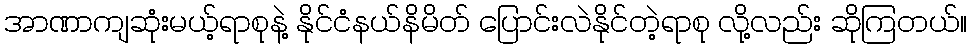
အာဏာကျဆုံးမယ့်ရာစုနဲ့ နိုင်ငံနယ်နိမိတ် ပြောင်းလဲနိုင်တဲ့ရာစု လို့လည်း ဆိုကြတယ်။